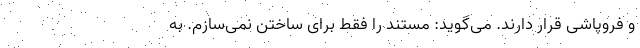
و فروپاشی قرار دارند. می‌گوید: مستند را فقط برای ساختن نمی‌سازم. به